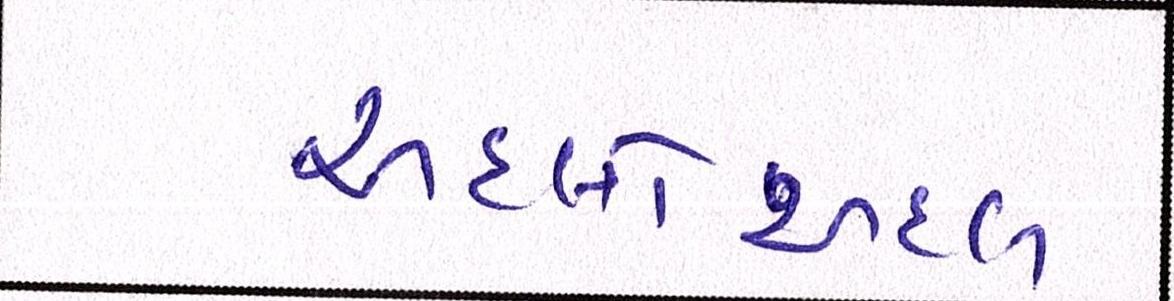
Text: અદલોઅદલ